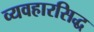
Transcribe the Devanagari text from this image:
व्यवहारसिद्ध